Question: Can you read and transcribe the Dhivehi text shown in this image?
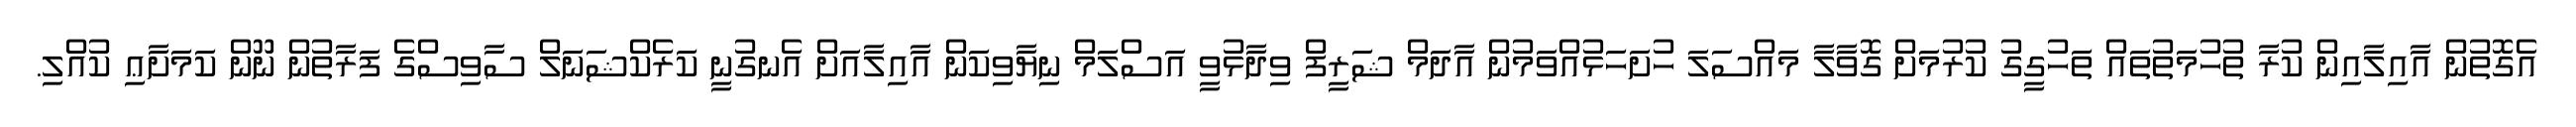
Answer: އެގޮތުން އާއިލާއިން ކުރާ ތުހުމަތުތައް ތަހުގީގު ކުރުމަށް ގޮވާލާ މައްސަލަ ހުށަހަޅުއްވަމުން އާދަމް ޝަރީފް ވިދާޅުވީ އަސްލަމް ނިޔާވިކަން އާއިލާއަށް އެނގުނީ ކަރެކްޝަނަލް ސާވިސްގެ ފަރާތުން ނޫން ކަމަށާޢި ކުއްލި.